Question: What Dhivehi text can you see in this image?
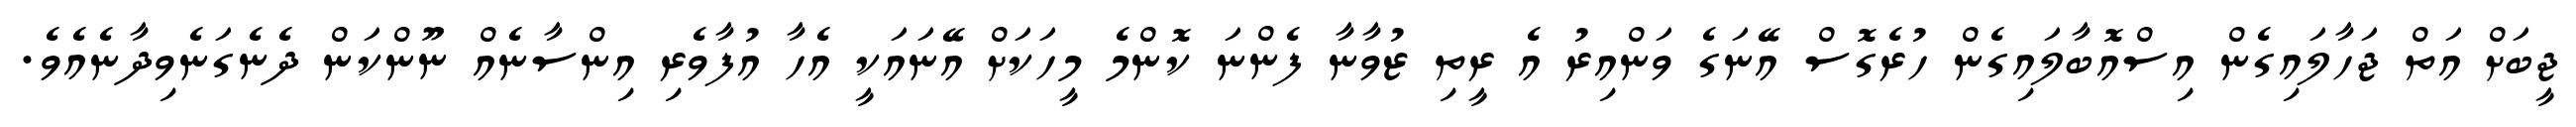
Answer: ޖީބަށް އަތް ޖަހާލައިގެން އިސްއޮބާލައިގެން ހުރެގޮސް އޭނަގެ ވަންއިރު އެ ރީތި ޒުވާނާ ފެންނަ ކޮންމެ މީހަކަށް އޭނައަކީ އެހާ އުފާވެރި އިންސާނެއް ނޫންކަން ދެނެގަނެވިދާނެއެވެ.